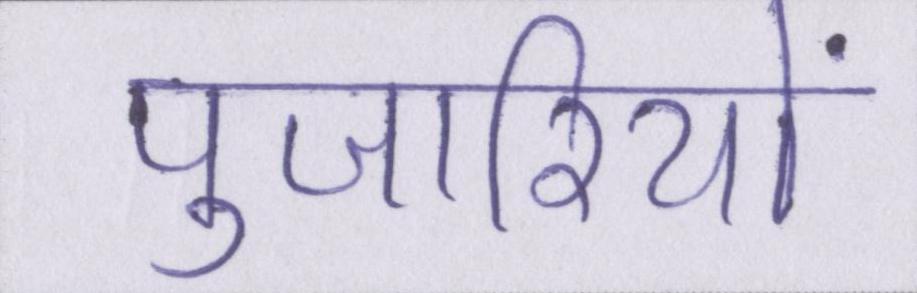
पुजारियों